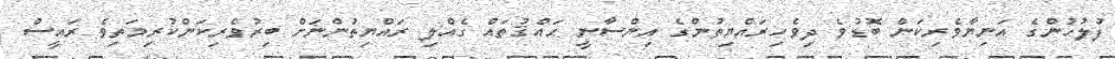
ފުލުހުންގެ އަނިޔާވެރިކަން ބޮޑުވެ ދިވެހިރައްޔިތުންގެ އިންސާނީ ޙައްޤުތައް ގެއްލި ރައްޔިތުންނަށް ބިރުވެރިކަންކުރިމަތިވެ ރައީސް